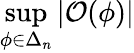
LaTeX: \operatorname*{sup}_{\phi\in\Delta_{n}}\left\vert\mathcal{O}(\phi)\right\vert